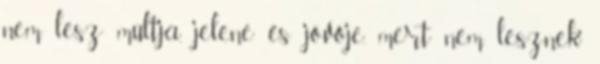
nem lesz múltja, jelene és jövője, mert nem lesznek